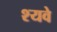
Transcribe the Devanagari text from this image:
श्यवे